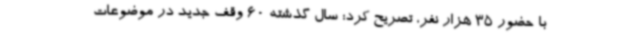
با حضور 35 هزار نفر، تصریح کرد: سال گذشته 60 وقف جدید در موضوعات